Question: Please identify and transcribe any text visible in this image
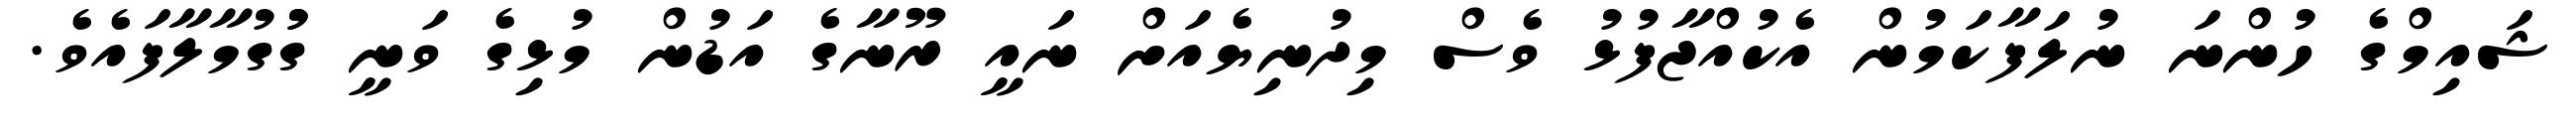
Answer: ޝައިމްގެ ހުންނަ ނުލަފާކަމުން އެކުއްޖާފުޅު ވެސް މިދުނިޔެއަށް ނައީ ރޫނާގެ އަޑުން މުޅިގެ ވަނީ ގުުގުމާލާފައެވެ.